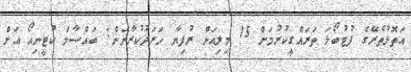
އަތޮޅުތެރޭގެ ފުޓުބޯޅަ ތަރައްގީކުރުމަށް 15 މިލިއަން ރުފިޔާ ހަރަދުކުރާނަން: ބައްސާމް ކުޓީނިއޯ އަށް